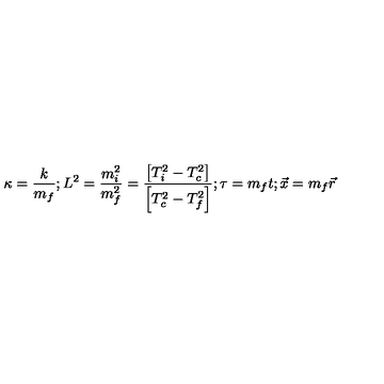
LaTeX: \kappa = \frac { k } { m _ { f } } ; L ^ { 2 } = \frac { m _ { i } ^ { 2 } } { m _ { f } ^ { 2 } } = \frac { \left[ T _ { i } ^ { 2 } - T _ { c } ^ { 2 } \right] } { \left[ T _ { c } ^ { 2 } - T _ { f } ^ { 2 } \right] } ; \tau = m _ { f } t ; \vec { x } = m _ { f } \vec { r }